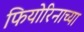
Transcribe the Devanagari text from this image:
फियोरिनाच्या